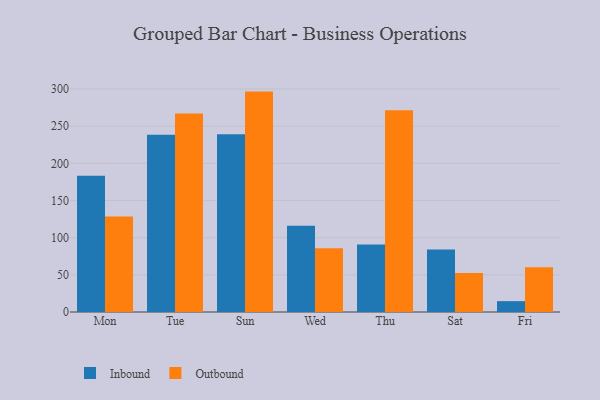
{"axis": {"x": "Day", "y": "Temperature (°C)"}, "legend": ["Inbound", "Outbound"], "data": [{"x": "Mon", "y": 183.3, "type": "Inbound"}, {"x": "Mon", "y": 128.4, "type": "Outbound"}, {"x": "Tue", "y": 238.5, "type": "Inbound"}, {"x": "Tue", "y": 267.1, "type": "Outbound"}, {"x": "Sun", "y": 239.0, "type": "Inbound"}, {"x": "Sun", "y": 296.5, "type": "Outbound"}, {"x": "Wed", "y": 115.9, "type": "Inbound"}, {"x": "Wed", "y": 85.9, "type": "Outbound"}, {"x": "Thu", "y": 90.9, "type": "Inbound"}, {"x": "Thu", "y": 271.4, "type": "Outbound"}, {"x": "Sat", "y": 84.0, "type": "Inbound"}, {"x": "Sat", "y": 52.5, "type": "Outbound"}, {"x": "Fri", "y": 14.6, "type": "Inbound"}, {"x": "Fri", "y": 60.3, "type": "Outbound"}]}